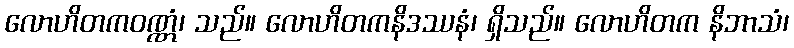
လောဟိတကဝဏ္ဏံ၊ သည်။ လောဟိတကနိဒဿနံ၊ ရှိသည်။ လောဟိတက နိဘာသံ၊